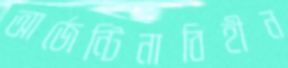
আর্জেন্টিনাবিহীন